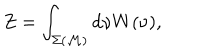
Z = \int _ { \Sigma ( { \cal M } ) } \mathrm { d } \nu W ( \nu ) ,